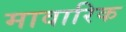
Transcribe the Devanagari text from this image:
मावारिक